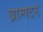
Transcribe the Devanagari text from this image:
ब्राम्पटन